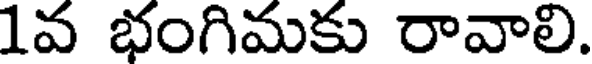
1వ భంగిమకు రావాలి.